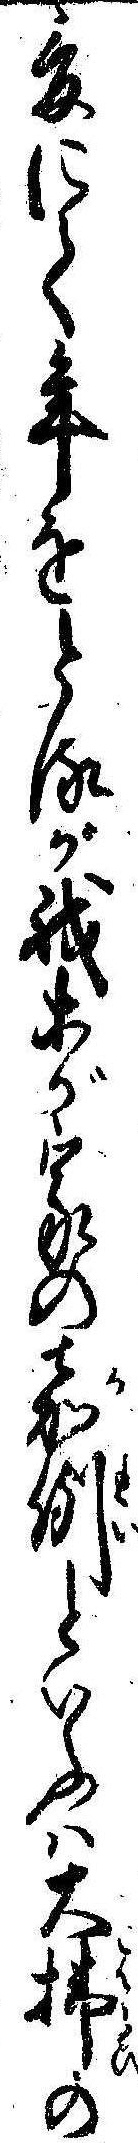
爰にて年をとるが我等が家の嘉例といふは大払の